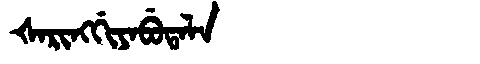
Manchu: ᡧᠠᡵᡳᠩᡤᡳᠶᠠᠪᡠᡨᠠᠯᠠ
Romanization: ŠARINGGIYABUTALA